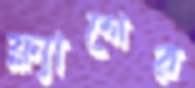
ফ্ল্যাগের